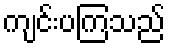
ကျင်းပကြသည်